Lunatic asylums Punjab 1895-1910 - 1895-1910
Year: 1895
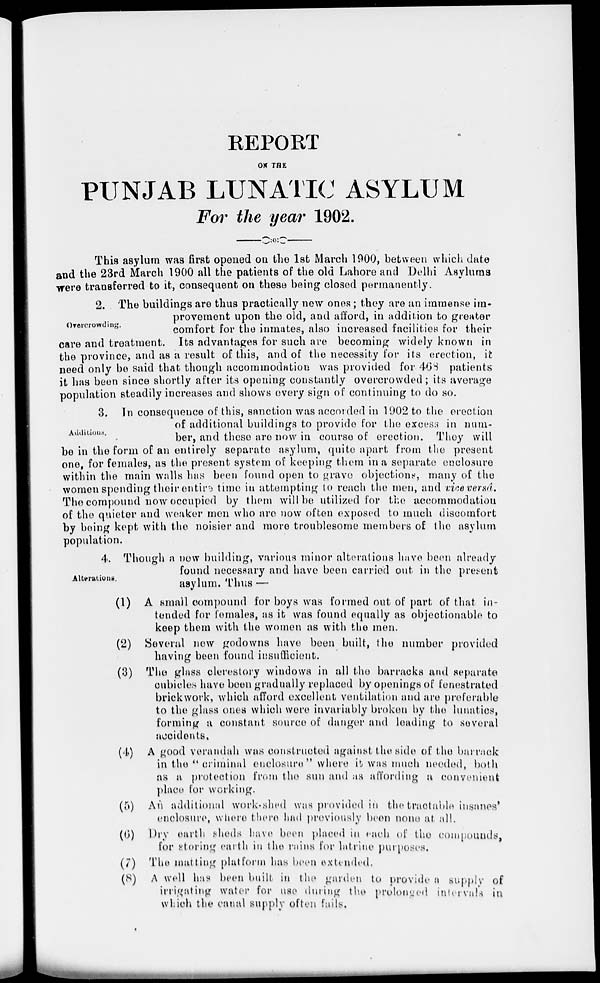
REPORT
ON THE
PUNJAB LUNATIC ASYLUM
For the year 1902.
Overcrowding.
This sylum was first opened on the 1st March 1900, between which date
and the 23rd March 1900 all the patients of the old Lahore and Delhi Asylums
were transferred to it, consequent on these being closed permanently.
2. The buildings are thus practically new ones; they are an immense im-
provement upon the old, and afford, in addition to greater
comfort for the inmates, also increased facilities for their
care and treatment. Its advantages for such are becoming widely known in
the province, and as a result of this, and of the necessity for its erection, it
need only be said that though accommodation was provided for 468 patients
it has been since shortly after its opening constantly overcrowded ; its average
population steadily increases and shows every sign of continuing to do so.
Additions.
3. In consequence of this, sanction was accorded in 1902 to the erection
of additional buildings to provide for the excess in num-
ber, and these are now in course of erection. They will
be in the form of an entirely separate asylum, quite apart from the present
one, for females, as the present system of keeping them in a separate enclosure
within the main walls has been found open to grave objections, many of the
women spending their entire time in attempting to reach the men, and vice versâ.
The compound now occupied by them will be utilized for the accommodation
of the quieter and weaker men who are now often exposed to much discomfort
by being kept with the noisier and more troublesome members of the asylum
population.
Alterations.
4. Though a now building, various minor alterations have been already
found necessary and have been carried out in the present
asylum. Thus —
(1) A small compound for boys was formed out of part of that in-
tended for females, as it was found equally as objectionable to
keep them with the women as with the men.
(2) Several new godowns have been built, the number provided
having been found insufficient.
(3) The glass clerestory windows in all the barracks and separate
cubicles have been gradually replaced by openings of fenestrated
brickwork, which afford excellent ventilation and are preferable
to the glass ones which were invariably broken by the lunatics,
forming a constant source of danger and leading to several
accidents,
(4) A good verandah was constructed against the side of the barrack
in the " criminal enclosure " where it was much needed, both
as a protection from the sun and as affording a convenient
place for working.
(5) An additional work-shed was provided in the tractable insanes'
enclosure, where there had previously been none at all.
(6) Dry earth sheds have been placed in each of the compounds,
for storing earth in the rains for latrine purposes.
(7) The matting platform has been extended.
(8) A well has been built in the garden to provide a supply of
irrigating water for use during the prolonged intervals in
which the canal supply often fails.